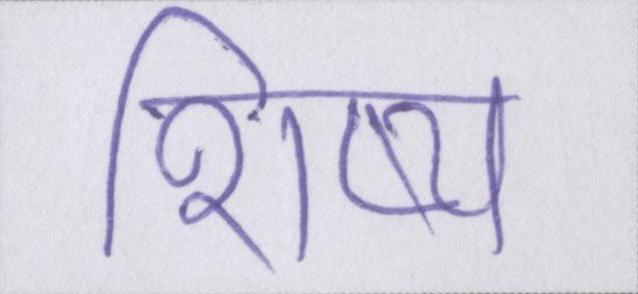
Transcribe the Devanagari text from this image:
शिष्य